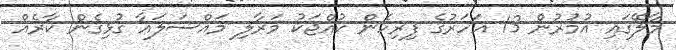
މާލޭގައި އުމުރުން 13 އަހަރުގެ ފިރިހެން ކުއްޖަކު މަރާލި މައްސަލައާ ގުޅިގެން ކާރެއް